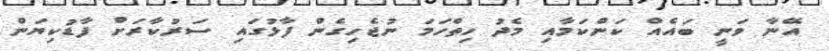
އޭނާ ވަނީ ބައެއް ކަންކަމާއި މެދު ހިތްހަމަ ނުޖެހިގެން ފާޅުގައި ސަރުކާރަށް ފާޑުކިޔަން